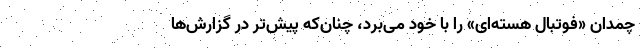
چمدان «فوتبال هسته‌ای» را با خود می‌برد، چنان‌که پیش‌تر در گزارش‌ها